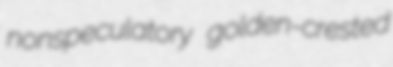
nonspeculatory golden-crested